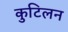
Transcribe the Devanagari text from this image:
कुटिलन